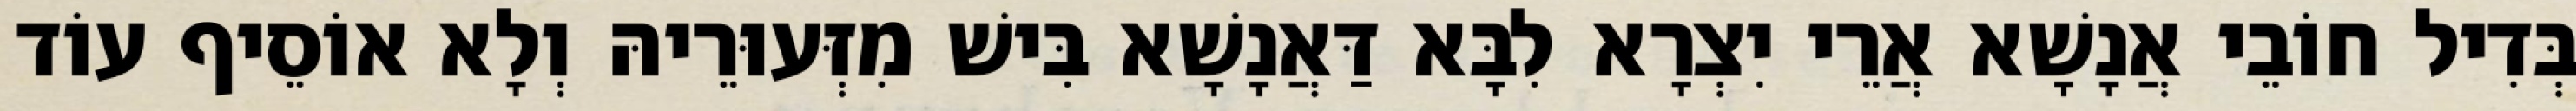
בְּדִיל חוֹבֵי אֲנָשָׁא אֲרֵי יִצְרָא לִבָּא דַּאֲנָשָׁא בִּישׁ מִזְּעוּרֵיהּ וְלָא אוֹסֵיף עוֹד